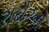
રાદૌરનો